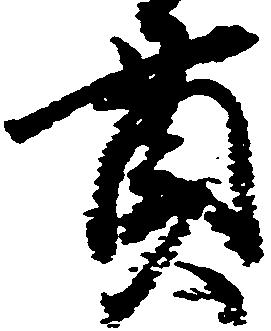
貫